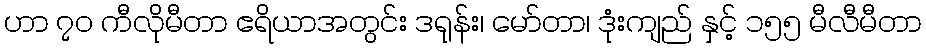
ဟာ ၇၀ ကီလိုမီတာ ဧရိယာအတွင်း ဒရုန်း၊ မော်တာ၊ ဒုံးကျည် နှင့် ၁၅၅ မီလီမီတာ